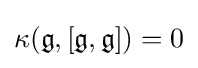
\kappa ({\mathfrak {g}},[{\mathfrak {g}},{\mathfrak {g}}])=0